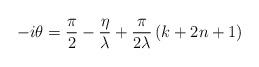
LaTeX: \begin{align*}-i\theta =\frac{\pi }{2}-\frac{\eta }{\lambda }+\frac{\pi }{2\lambda }\left( k+2n+1\right)\end{align*}